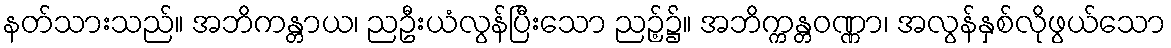
နတ်သားသည်။ အဘိကန္တာယ၊ ညဦးယံလွန်ပြီးသော ညဉ့်၌။ အဘိက္ကန္တဝဏ္ဏာ၊ အလွန်နှစ်လိုဖွယ်သော